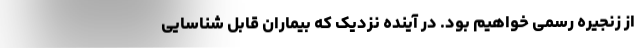
از زنجیره رسمی خواهیم بود. در آینده نزدیک که بیماران قابل شناسایی